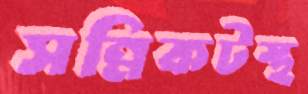
সন্নিকটস্থ